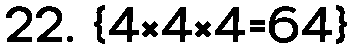
22. {4×4×4=64}